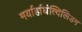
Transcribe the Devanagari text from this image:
मर्यार्हाघंत्दिलिडग